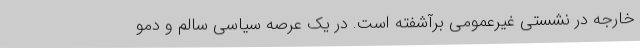
خارجه در نشستی غیرعمومی برآشفته است. در یک عرصهٔ سیاسی سالم و دمو